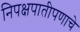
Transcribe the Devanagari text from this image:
निपक्षपातीपणाचे